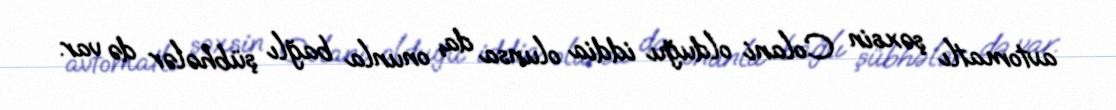
avtomatlı şəxsin Colani olduğu iddia olunsa da, onunla bağlı şübhələr də var.